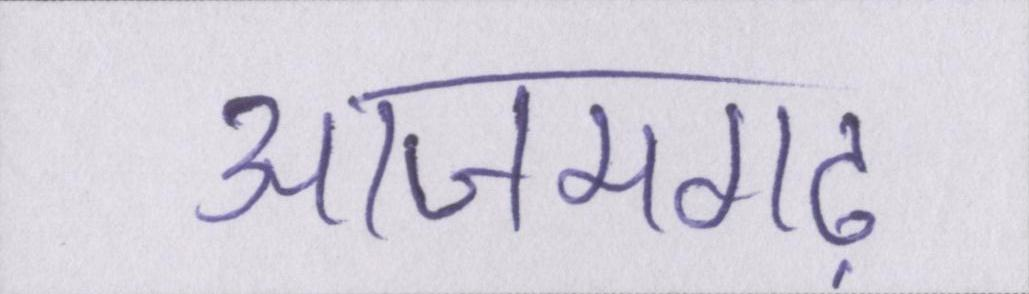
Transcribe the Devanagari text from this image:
आजमगढ़